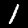
Digit: 1